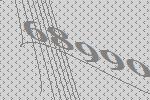
68990